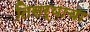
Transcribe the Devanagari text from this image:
तिसर्‍याचा